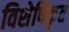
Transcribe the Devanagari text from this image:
विशेषिकृत